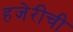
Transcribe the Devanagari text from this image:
हजेरीची